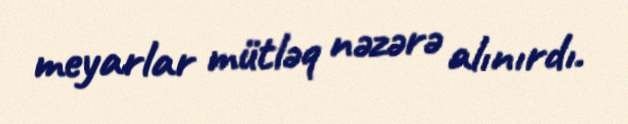
meyarlar mütləq nəzərə alınırdı.